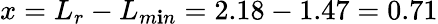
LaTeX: x=L_{r}-L_{m\mathbf{i}n}=2.18-1.47=0.71